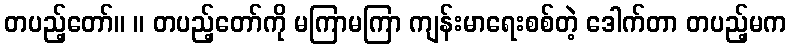
တပည့်တော်။ ။ တပည့်တော်ကို မကြာမကြာ ကျန်းမာရေးစစ်တဲ့ ဒေါက်တာ တပည့်မက